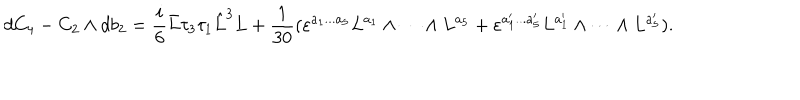
LaTeX: d C _ { 4 } - C _ { 2 } \wedge d b _ { 2 } = \frac { i } { 6 } \bar { L } \tau _ { 3 } \tau _ { 1 } \hat { L } ^ { 3 } L + \frac { 1 } { 3 0 } ( \varepsilon ^ { a _ { 1 } . . . a _ { 5 } } L ^ { a _ { 1 } } \wedge \cdots \wedge L ^ { a _ { 5 } } + \varepsilon ^ { a _ { 1 } ^ { \prime } . . . a _ { 5 } ^ { \prime } } L ^ { a _ { 1 } ^ { \prime } } \wedge \cdots \wedge L ^ { a _ { 5 } ^ { \prime } } ) .